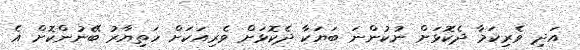
އަދި ވެރިކަމާ ދެކޮޅަށް ނުކުންނަ ބަޔަކާ ދެކޮޅަށް ވެރިއަކަށް ހަތިޔާރު ބޭނުންކޮށް އެ